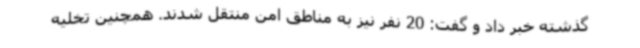
گذشته خبر داد و گفت: 20 نفر نیز به مناطق امن منتقل شدند. همچنین تخلیه